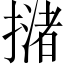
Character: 𢵻